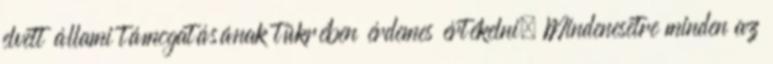
elvett állami támogatásának tükrében érdemes értékelni. Mindenesetre minden az